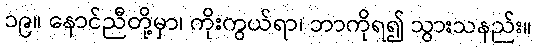
၁၉။ နောင်ညီတို့မှာ၊ ကိုးကွယ်ရာ၊ ဘာကိုရ၍ သွားသနည်း။